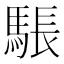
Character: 𮪉